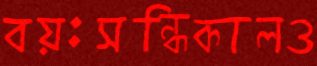
বয়ঃসন্ধিকালও